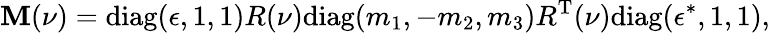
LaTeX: \mathbf{M}(\nu)=\mathrm{{diag}}(\epsilon,1,1)R(\nu)\mathrm{{diag}}(m_{1},-m_{2},m_{3})R^{\mathrm{{T}}}(\nu)\mathrm{{diag}}(\epsilon^{*},1,1),